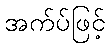
အက်ပ်ဖြင့်